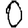
Digit: 0